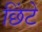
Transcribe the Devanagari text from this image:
छिंटे